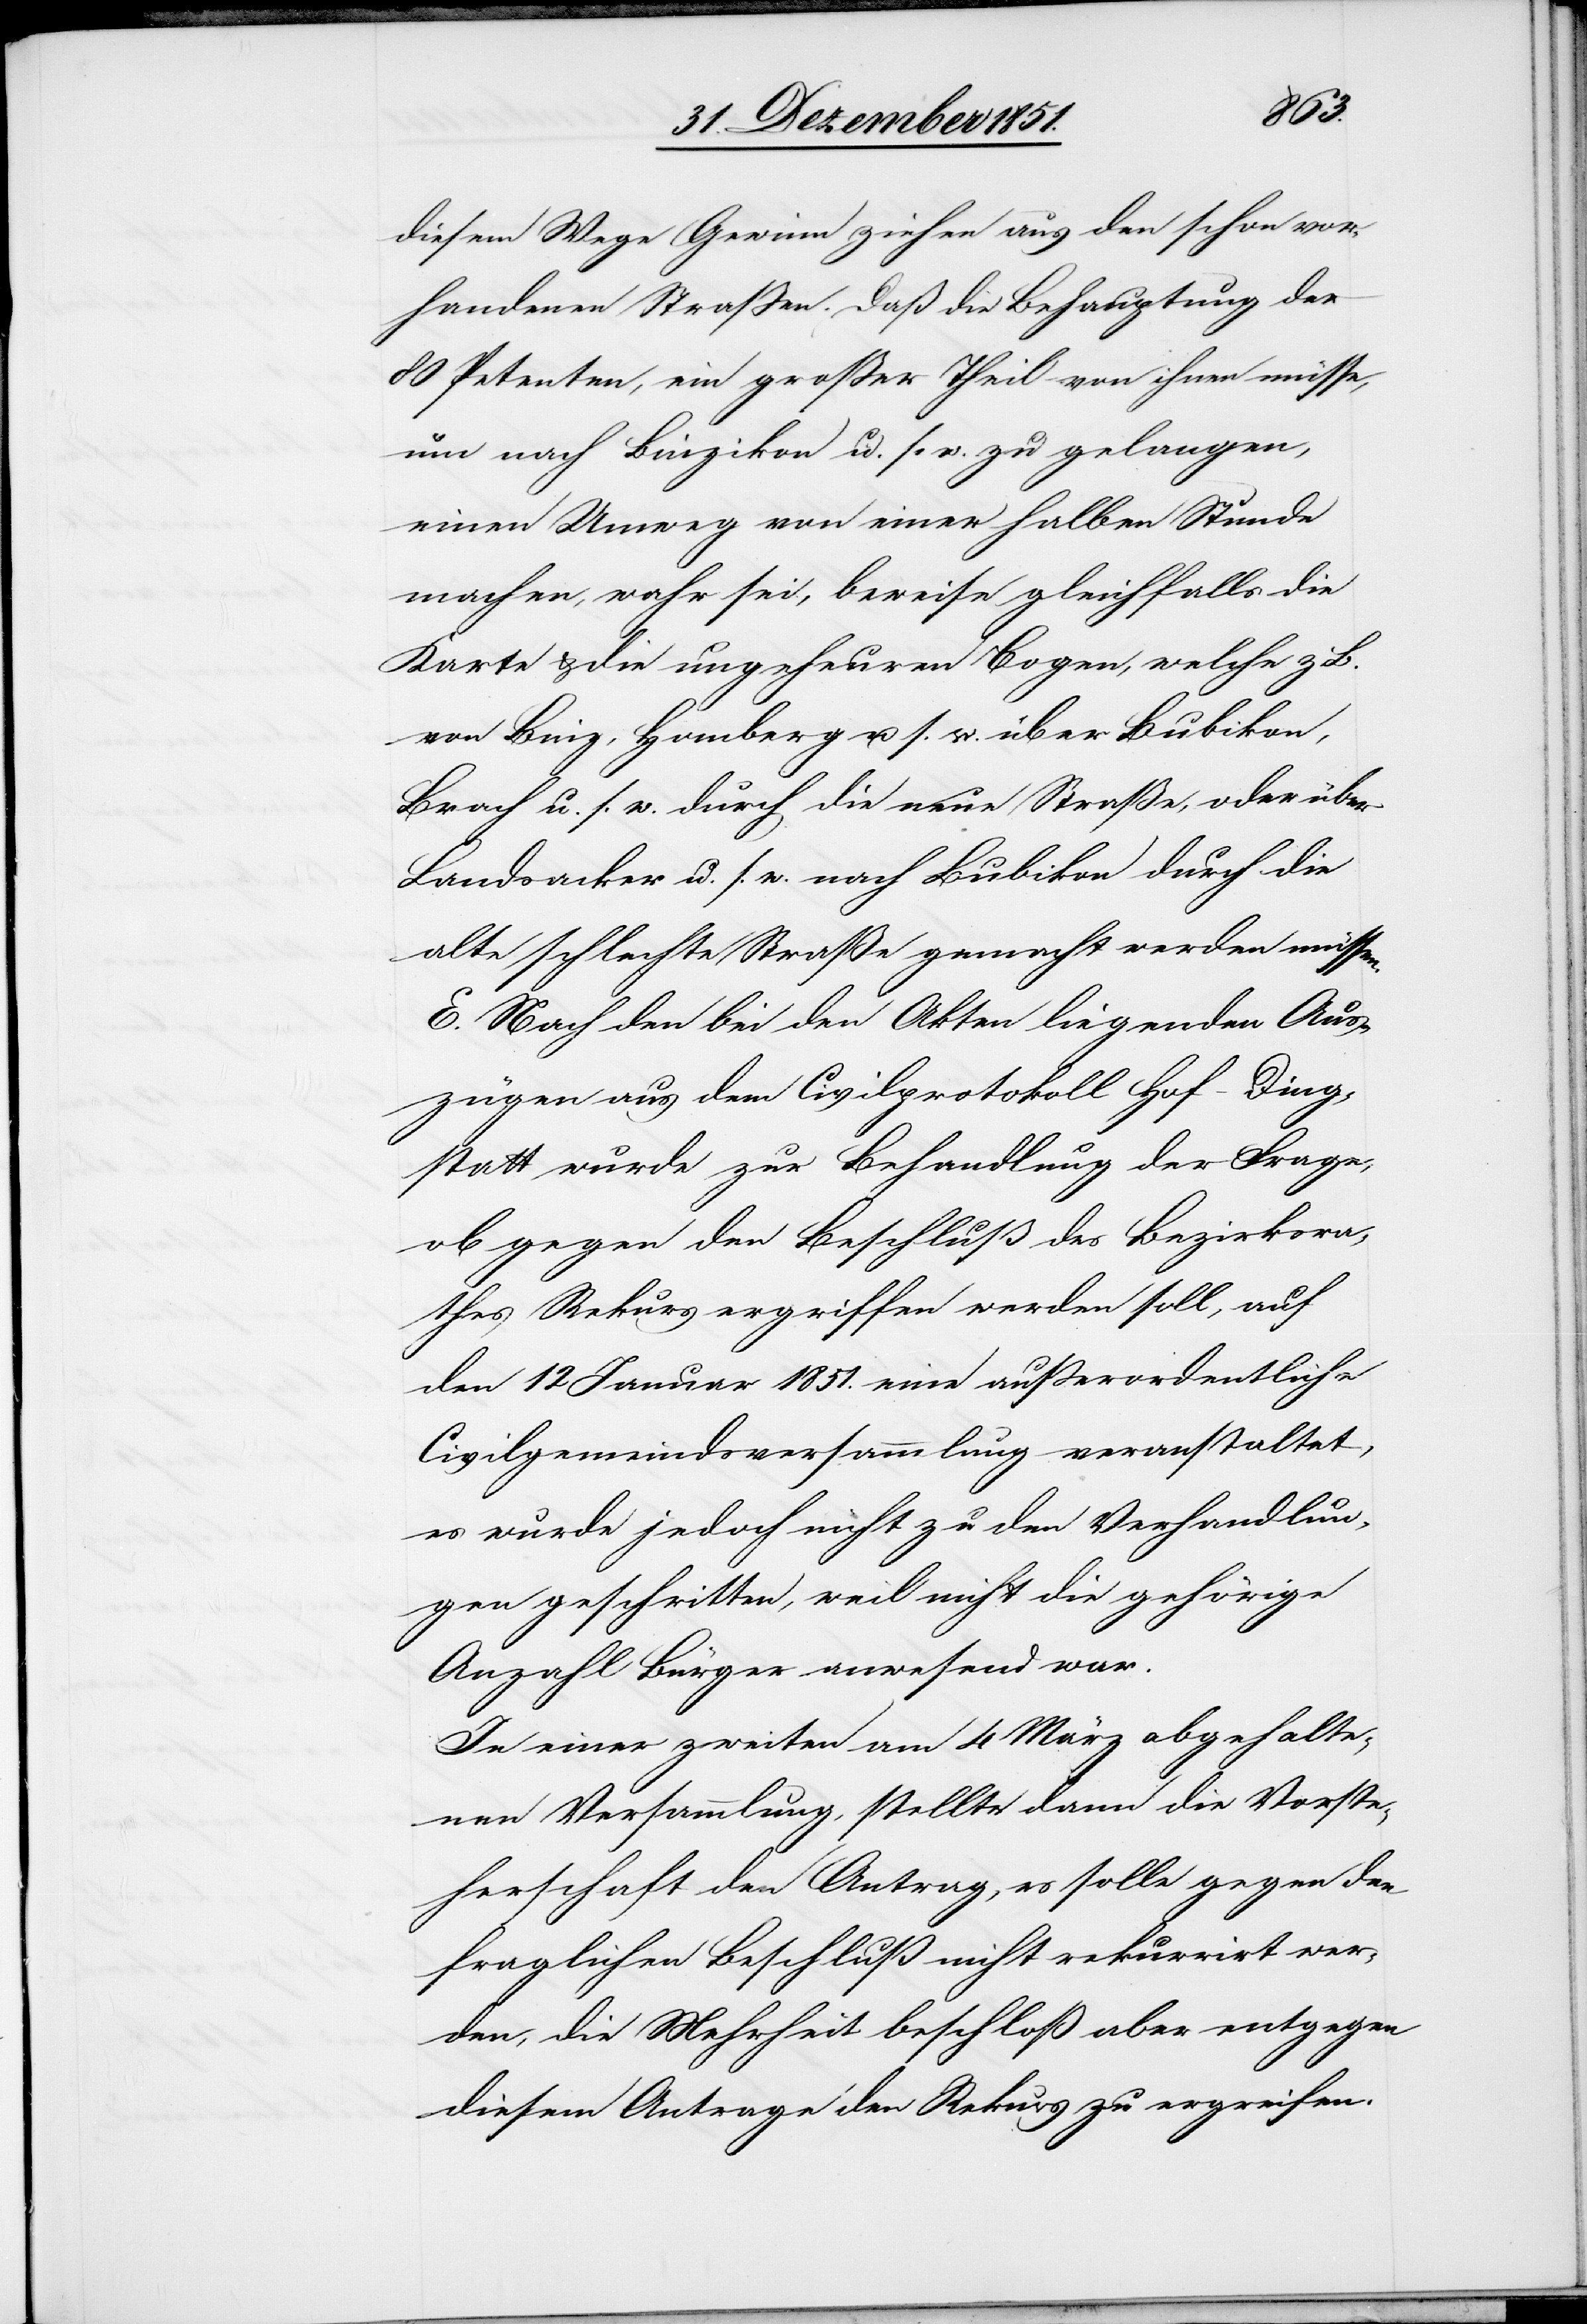
diesem Wege Gewinn ziehen aus den schon vor¬
handenen Straßen. Daß die Behauptung der
80 Petenten, ein großer Theil von ihnen müsse,
um nach Binzikon u. s. w. zu gelangen,
einen Umweg von einer halben Stunde
machen, wahr sei, beweise gleichfalls die
Karte & die ungeheuren Bogen, welche z. B.
von Binz, Homberg u. s. w. über Bubikon,
Brach u. s. w. durch die neue Straße, oder über
Landsacker u. s. w. nach Bubikon durch die
alte schlechte Straße gemacht werden müssen.
E. Nach den bei den Akten liegenden Aus¬
zügen aus dem Civilprotokoll Hof-Ding¬
statt wurde zur Behandlung der Frage,
ob gegen den Beschluß des Bezirksra¬
thes Rekurs ergriffen werden soll, auf
den 12 Januar 1851. eine außerordentliche
Civilgemeindsversammlung veranstaltet,
es wurde jedoch nicht zu den Verhandlun¬
gen geschritten, weil nicht die gehörige
Anzahl Bürger anwesend war.
In einer zweiten am 4 März abgehalte¬
nen Versammlung, stellte dann die Vorste¬
herschaft den Antrag, es solle gegen den
fraglichen Beschluß nicht rekurrirt wer¬
den, die Mehrheit beschloß aber entgegen
diesem Antrage den Rekurs zu ergreifen.